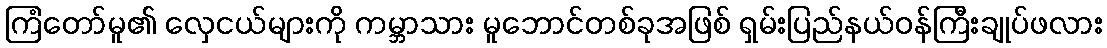
ကြံတော်မူ၏ လှေငယ်များကို ကမ္ဘာသား မူဘောင်တစ်ခုအဖြစ် ရှမ်းပြည်နယ်ဝန်ကြီးချုပ်ဖလား